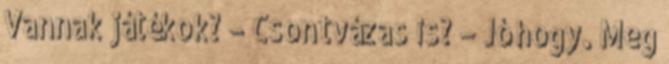
Vannak játékok? – Csontvázas is? – Jó hogy. Meg